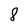
Character: 8